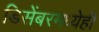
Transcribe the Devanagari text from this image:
डिसेंबरमध्येही